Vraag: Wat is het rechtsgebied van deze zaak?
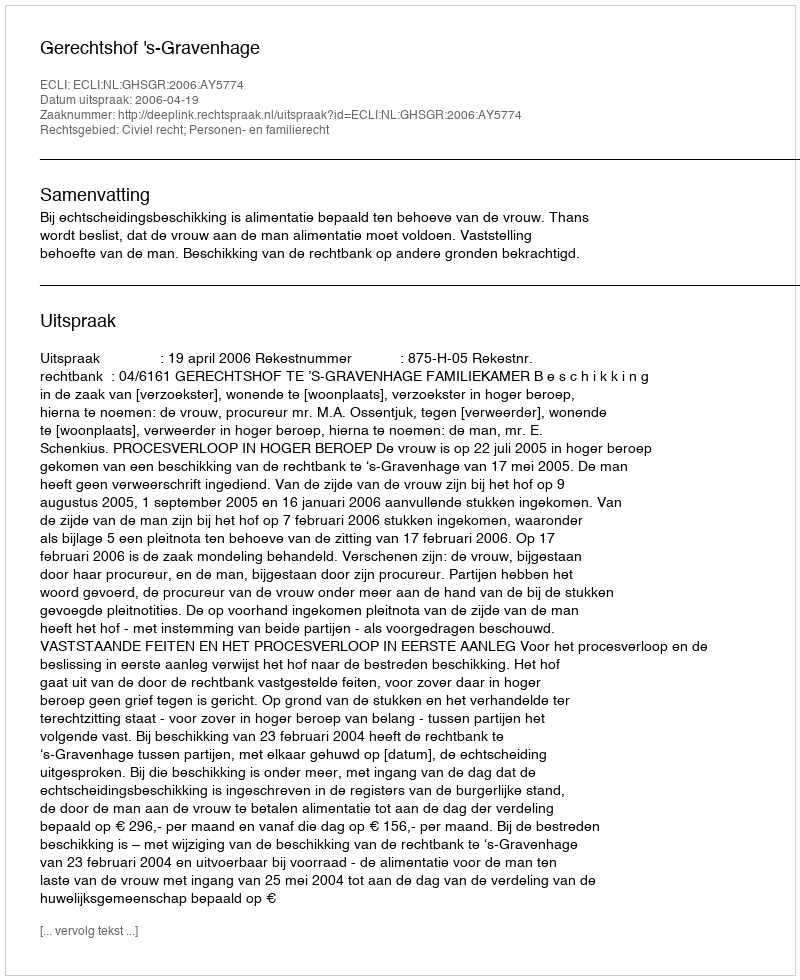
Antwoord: Civiel recht; Personen- en familierecht